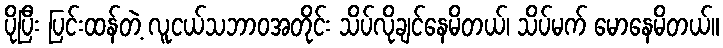
ပိုပြီး ပြင်းထန်တဲ့ လူငယ်သဘာဝအတိုင်း သိပ်လိုချင်နေမိတယ်၊ သိပ်မက် မောနေမိတယ်။